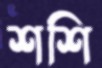
শশি